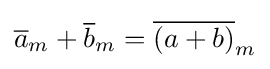
{\overline {a}}_{m}+{\overline {b}}_{m}={\overline {(a+b)}}_{m}